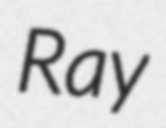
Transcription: Ray